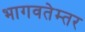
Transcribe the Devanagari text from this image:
भागवतेम्तर